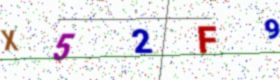
Text: X52F9